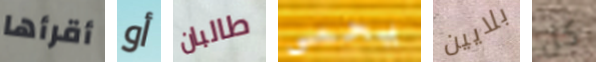
أقرأها أو طالبان يحمي بلايين كل